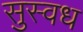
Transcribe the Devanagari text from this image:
सुस्वध